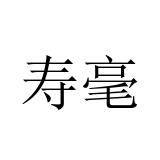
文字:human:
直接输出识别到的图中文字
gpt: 寿毫